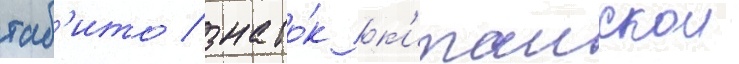
таб'ито / знато́к к'итаискои